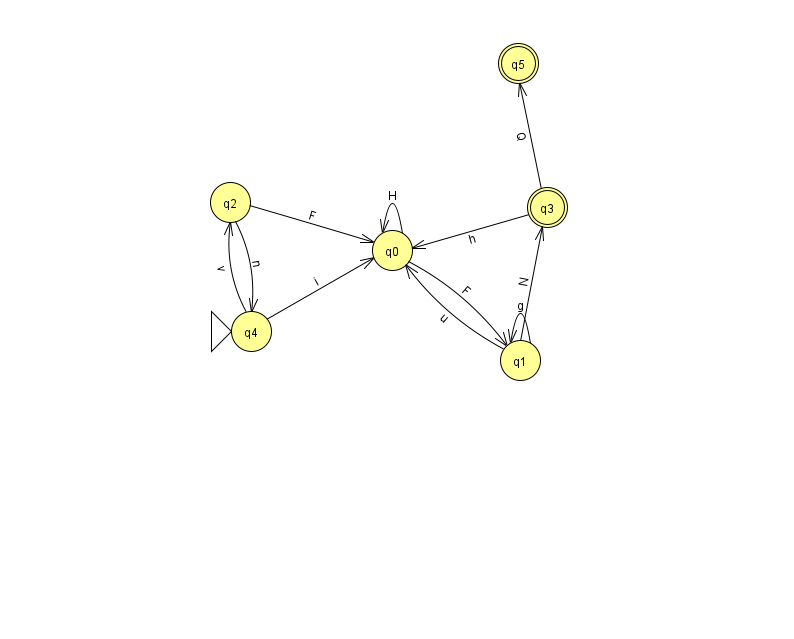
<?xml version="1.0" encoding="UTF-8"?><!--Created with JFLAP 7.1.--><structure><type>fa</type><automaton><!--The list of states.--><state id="0" name="q0"><x>392.0</x><y>237.0</y></state><state id="1" name="q1"><x>520.0</x><y>347.0</y></state><state id="2" name="q2"><x>230.0</x><y>189.0</y></state><state id="3" name="q3"><x>547.0</x><y>194.0</y><final/></state><state id="4" name="q4"><x>251.0</x><y>318.0</y><initial/></state><state id="5" name="q5"><x>518.0</x><y>50.0</y><final/></state><!--The list of transitions.--><transition><from>4</from><to>2</to><read>v</read></transition><transition><from>1</from><to>0</to><read>u</read></transition><transition><from>4</from><to>0</to><read>i</read></transition><transition><from>0</from><to>1</to><read>F</read></transition><transition><from>1</from><to>1</to><read>g</read></transition><transition><from>0</from><to>0</to><read>H</read></transition><transition><from>1</from><to>3</to><read>N</read></transition><transition><from>2</from><to>4</to><read>n</read></transition><transition><from>3</from><to>5</to><read>Q</read></transition><transition><from>2</from><to>0</to><read>F</read></transition><transition><from>3</from><to>0</to><read>h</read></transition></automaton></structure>